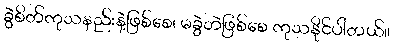
ခွဲစိတ်ကုသနည်းနဲ့ဖြစ်စေ၊ မခွဲဘဲဖြစ်စေ ကုသနိုင်ပါတယ်။